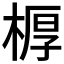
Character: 𣖔